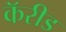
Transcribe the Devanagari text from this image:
कॅरीड